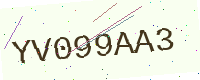
Text: YV099AA3